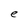
Character: e